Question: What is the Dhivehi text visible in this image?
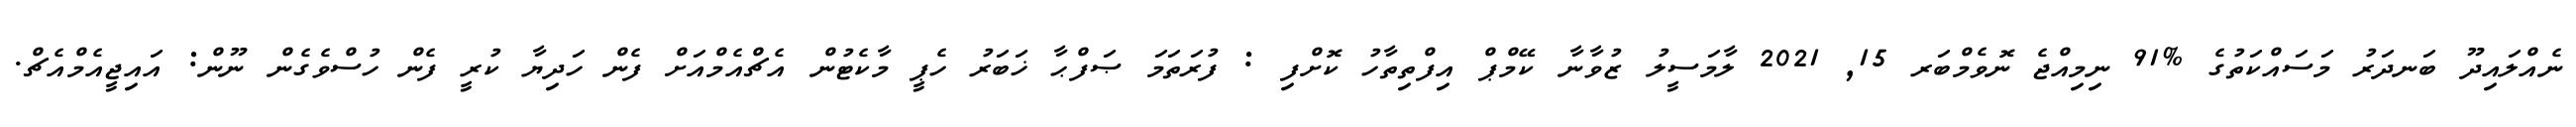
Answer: ނެއްލައިދޫ ބަނދަރު މަސައްކަތުގެ %91 ނިމިއްޖެ ނޮވެމްބަރ 15, 2021 ލާމަސީލު ޒުވާނާ ކޭމްޕް އިފްތިތާހު ކޮށްފި : ފުރަތަމަ ޞަފްޙާ ޚަބަރު ހެޕީ މާކެޓުން އެޗްއެމްއަށް ފެން ހަދިޔާ ކުރީ ފެން ހުސްވެގެން ނޫން: އައިޖީއެމްއެޗް.